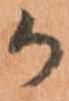
か